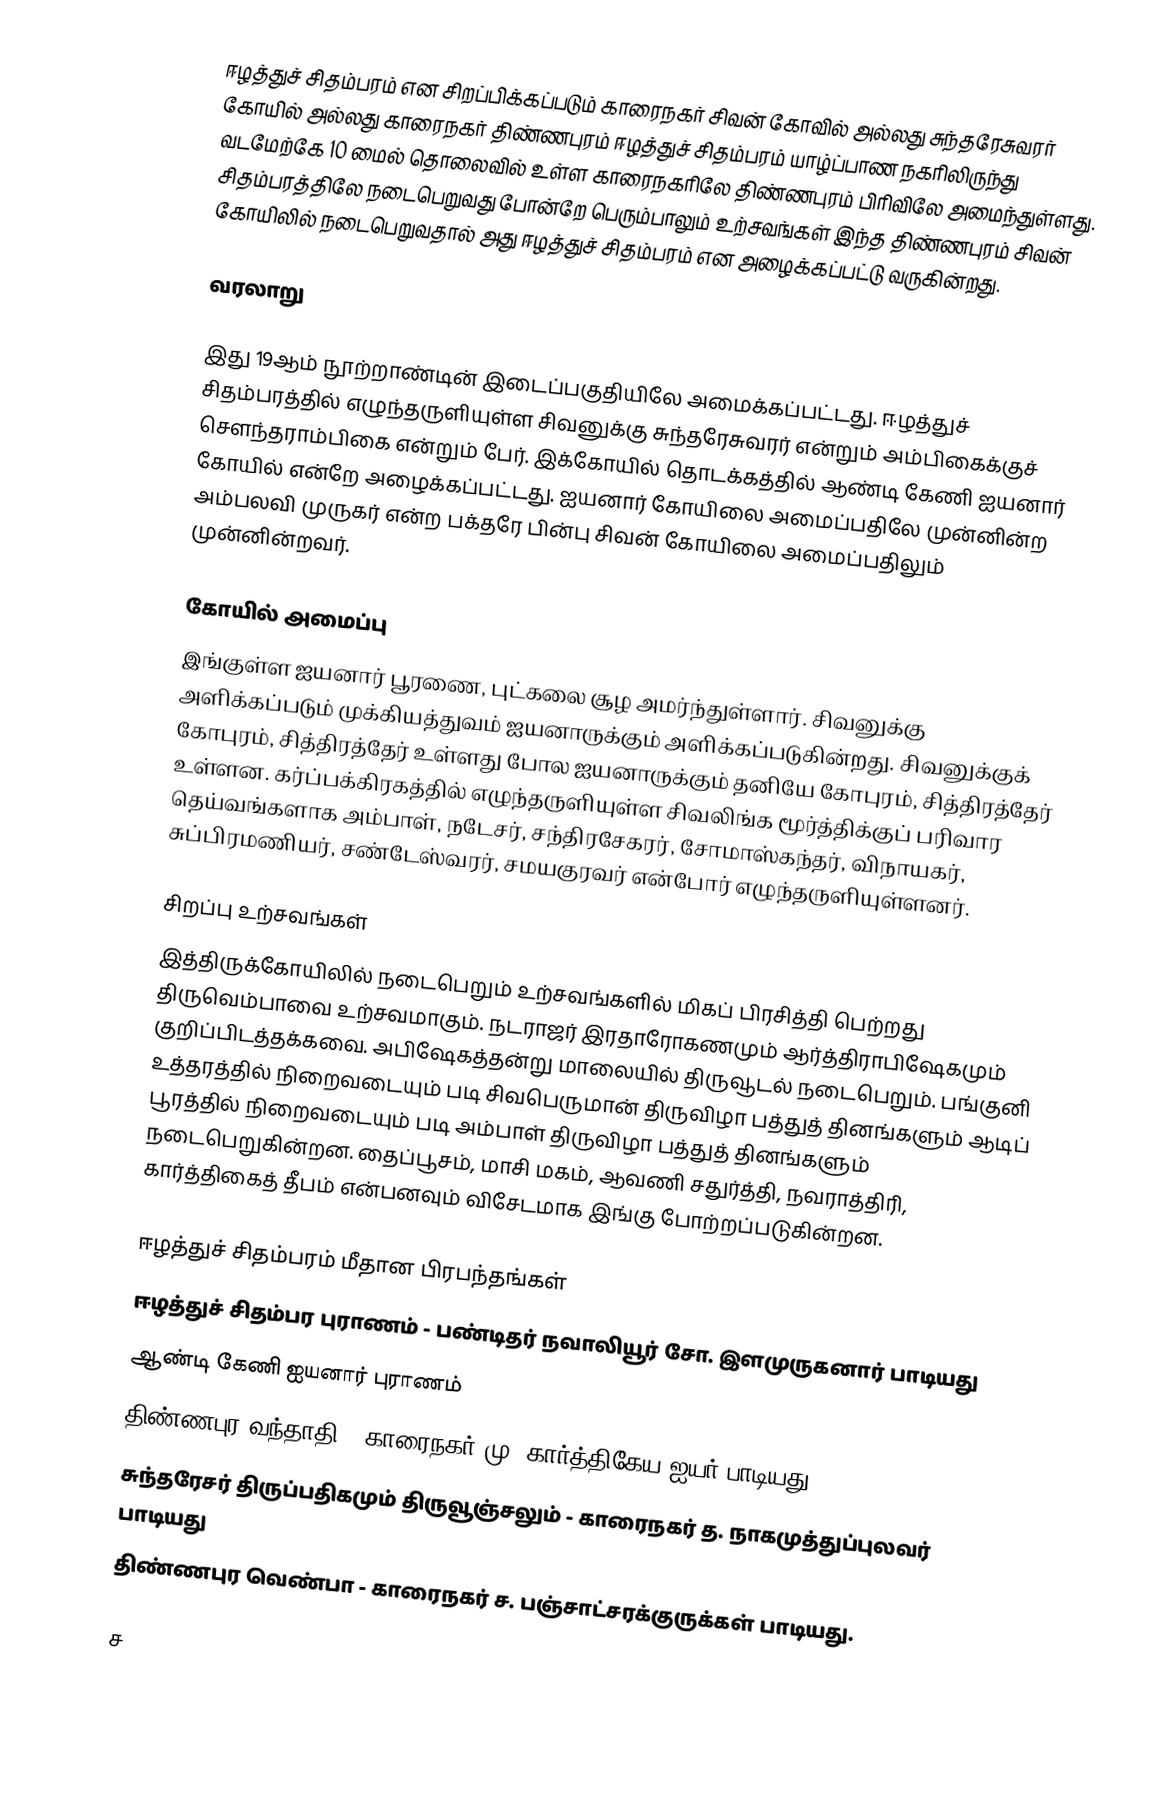
ஈழத்துச் சிதம்பரம் என சிறப்பிக்கப்படும் காரைநகர் சிவன் கோவில் அல்லது சுந்தரேசுவரர் கோயில் அல்லது காரைநகர் திண்ணபுரம் ஈழத்துச் சிதம்பரம் யாழ்ப்பாண நகரிலிருந்து வடமேற்கே 10 மைல் தொலைவில் உள்ள காரைநகரிலே திண்ணபுரம் பிரிவிலே அமைந்துள்ளது. சிதம்பரத்திலே நடைபெறுவது போன்றே பெரும்பாலும் உற்சவங்கள் இந்த திண்ணபுரம் சிவன் கோயிலில் நடைபெறுவதால் அது ஈழத்துச் சிதம்பரம் என அழைக்கப்பட்டு வருகின்றது.

வரலாறு

இது 19ஆம் நூற்றாண்டின் இடைப்பகுதியிலே அமைக்கப்பட்டது. ஈழத்துச் சிதம்பரத்தில் எழுந்தருளியுள்ள சிவனுக்கு சுந்தரேசுவரர் என்றும் அம்பிகைக்குச் சௌந்தராம்பிகை என்றும் பேர். இக்கோயில் தொடக்கத்தில் ஆண்டி கேணி ஐயனார் கோயில் என்றே அழைக்கப்பட்டது. ஐயனார் கோயிலை அமைப்பதிலே முன்னின்ற அம்பலவி முருகர் என்ற பக்தரே பின்பு சிவன் கோயிலை அமைப்பதிலும் முன்னின்றவர்.

கோயில் அமைப்பு
இங்குள்ள ஐயனார் பூரணை, புட்கலை சூழ அமர்ந்துள்ளார். சிவனுக்கு அளிக்கப்படும் முக்கியத்துவம் ஐயனாருக்கும் அளிக்கப்படுகின்றது. சிவனுக்குக் கோபுரம், சித்திரத்தேர் உள்ளது போல ஐயனாருக்கும் தனியே கோபுரம், சித்திரத்தேர் உள்ளன. கர்ப்பக்கிரகத்தில் எழுந்தருளியுள்ள சிவலிங்க மூர்த்திக்குப் பரிவார தெய்வங்களாக அம்பாள், நடேசர், சந்திரசேகரர், சோமாஸ்கந்தர், விநாயகர், சுப்பிரமணியர், சண்டேஸ்வரர், சமயகுரவர் என்போர் எழுந்தருளியுள்ளனர்.

சிறப்பு உற்சவங்கள்
இத்திருக்கோயிலில் நடைபெறும் உற்சவங்களில் மிகப் பிரசித்தி பெற்றது திருவெம்பாவை உற்சவமாகும். நடராஜர் இரதாரோகணமும் ஆர்த்திராபிஷேகமும் குறிப்பிடத்தக்கவை. அபிஷேகத்தன்று மாலையில் திருவூடல் நடைபெறும். பங்குனி உத்தரத்தில் நிறைவடையும் படி சிவபெருமான் திருவிழா பத்துத் தினங்களும் ஆடிப் பூரத்தில் நிறைவடையும் படி அம்பாள் திருவிழா பத்துத் தினங்களும் நடைபெறுகின்றன. தைப்பூசம், மாசி மகம், ஆவணி சதுர்த்தி, நவராத்திரி, கார்த்திகைத் தீபம் என்பனவும் விசேடமாக இங்கு போற்றப்படுகின்றன.

ஈழத்துச் சிதம்பரம் மீதான பிரபந்தங்கள்
 ஈழத்துச் சிதம்பர புராணம் - பண்டிதர் நவாலியூர் சோ. இளமுருகனார் பாடியது
 ஆண்டி கேணி ஐயனார் புராணம்
 திண்ணபுர வந்தாதி - காரைநகர் மு. கார்த்திகேய ஐயர் பாடியது
 சுந்தரேசர் திருப்பதிகமும் திருவூஞ்சலும் - காரைநகர் த. நாகமுத்துப்புலவர் பாடியது
 திண்ணபுர வெண்பா - காரைநகர் ச. பஞ்சாட்சரக்குருக்கள் பாடியது.

ச